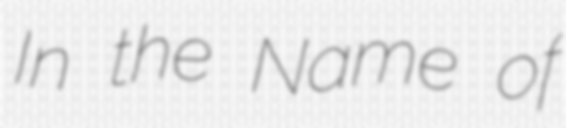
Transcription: In the Name of